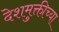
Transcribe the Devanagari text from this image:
देशमुक्तीच्या